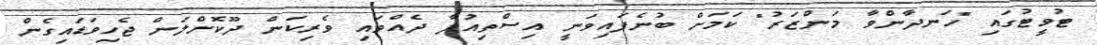
ޓުވީޓުގައި "ހަނދާންވާ މަންޒަރު" ކަމަށް ބުނެފައިވަނީ އިސްތިއުފާ ދެއްވައި ވެރިކަން ދޫކޮށްލަން ޖެހިވަޑައިގެން